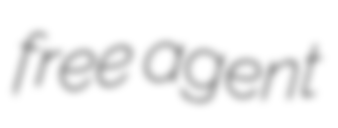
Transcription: free agent